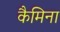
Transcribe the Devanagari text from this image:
कैमिना